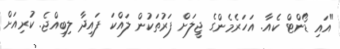
"އައި ޑޯންޓް ކެއާ. އަހަރެމެންގެ ޖީލަށް ފަރުތަކުން ލައްކަ ފައިދާ ލިބިއްޖެ. ކުރިއަށް